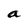
Character: a